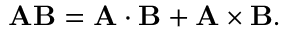
\mathbf { A B } = \mathbf { A } \cdot \mathbf { B } + \mathbf { A } \times \mathbf { B } .